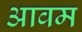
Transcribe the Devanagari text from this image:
आवम